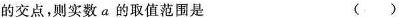
的交点，则实数a的取值范围是 ( )